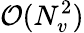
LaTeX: \mathcal{O}(N_{v}^{2})